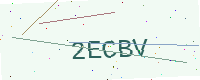
Text: 2ECBV